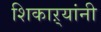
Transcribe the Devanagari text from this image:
शिकाऱ्यांनी